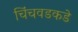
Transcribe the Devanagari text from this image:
चिंचवडकडे